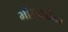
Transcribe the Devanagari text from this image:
भीलवड़ीकर